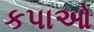
કપાઓ